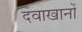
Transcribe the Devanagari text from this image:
दवाखानों